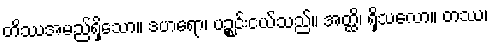
တိဿအမည်ရှိသော။ ဒဟရော၊ ပဉ္စင်းငယ်သည်။ အတ္ထိ၊ ရှိသလော။ တဿ၊